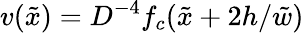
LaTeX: v(\tilde{x})=D^{-4}f_{c}(\tilde{x}+2h/\tilde{w})